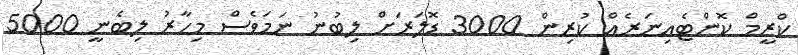
ކްރީމް ކޮންޓެއިނަރެއް ކުރިން 3000 ޑޮލަރަށް ލިބުނު ނަމަވެސް މިހާރު ލިބެނީ 5000